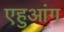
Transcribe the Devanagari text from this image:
एहुआंग